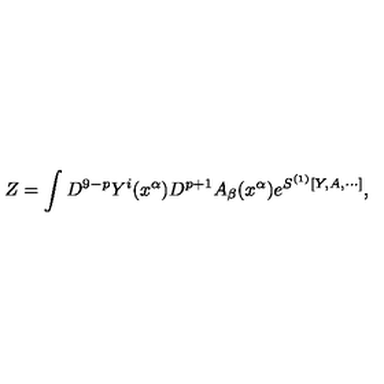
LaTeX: Z = \int D ^ { 9 - p } Y ^ { i } ( x ^ { \alpha } ) D ^ { p + 1 } A _ { \beta } ( x ^ { \alpha } ) e ^ { S ^ { ( 1 ) } [ Y , A , \cdots ] } ,